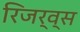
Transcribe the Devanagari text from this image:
रिजर्व्स